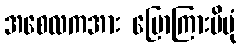
အစေလကအား ပြောကြားမိပုံ